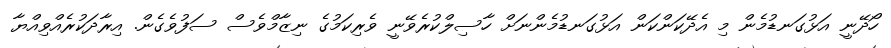
ހޯދޭނީ އަޅުގަނޑުމެން މި އެދޭކަންކަން އަޅުގަނޑުމެންނަށް ހާސިލްކުރެވޭނީ ވެރިކަމުގެ ނިޒާމްވެސް ސަފުވެގެން. އިރާދަކުރެއްވިއްޔާ